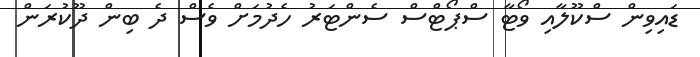
ޑައިވިން ސްކޫލާއި ވޯޓާ ސްޕޯޓްސް ސެންޓަރު ހެދުމަށް ވެސް ދެ ބިން ދޫކުރަން